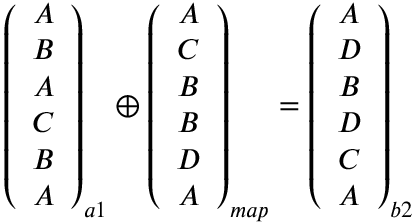
\begin{array} { r } { \left( \begin{array} { c } { A } \\ { B } \\ { A } \\ { C } \\ { B } \\ { A } \end{array} \right) _ { a 1 } \oplus \left( \begin{array} { c } { A } \\ { C } \\ { B } \\ { B } \\ { D } \\ { A } \end{array} \right) _ { m a p } = \left( \begin{array} { c } { A } \\ { D } \\ { B } \\ { D } \\ { C } \\ { A } \end{array} \right) _ { b 2 } } \end{array}